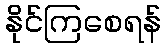
နိုင်ကြစေရန်